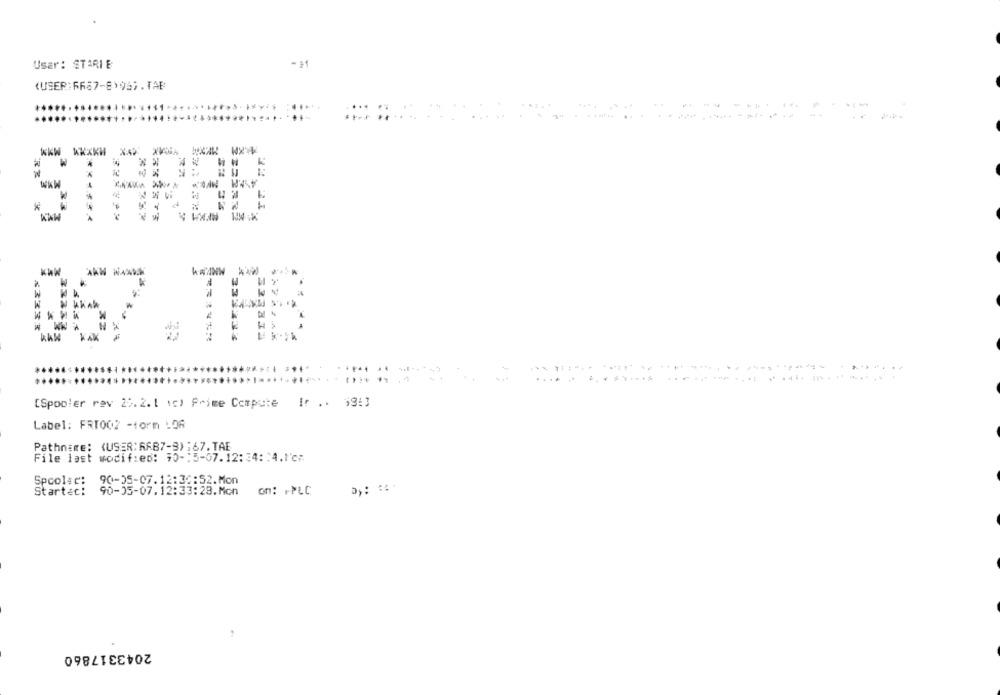
Usar: STIRI E
(USER:FR87-8)96). TAB
...
3
STARBE
067,TAB
.......
[Spooler rav 25.2. 1 (c) Prime Compute Ir .. $9:3
Label: FRT002 -torm LOR
Pathname: (USER: RAB7-3):67.TAE
File last modified: 10 -: 5-07.12:34:14.1'cz
90-05-07.12:36:52.Mon
Spcolec:
Startec:
90-05-07.12:33:28.Mon
on: +PLC
2043317860